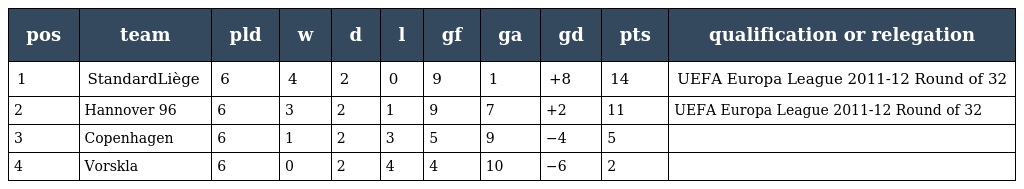
| pos | team | pld | w | d | l | gf | ga | gd | pts | qualification or relegation |
 | --- | --- | --- | --- | --- | --- | --- | --- | --- | --- | --- |
 | 1 | StandardLiège | 6 | 4 | 2 | 0 | 9 | 1 | +8 | 14 | UEFA Europa League 2011-12 Round of 32 |
 | 2 | Hannover 96 | 6 | 3 | 2 | 1 | 9 | 7 | +2 | 11 | UEFA Europa League 2011-12 Round of 32 |
 | 3 | Copenhagen | 6 | 1 | 2 | 3 | 5 | 9 | −4 | 5 |  |
 | 4 | Vorskla | 6 | 0 | 2 | 4 | 4 | 10 | −6 | 2 |  |